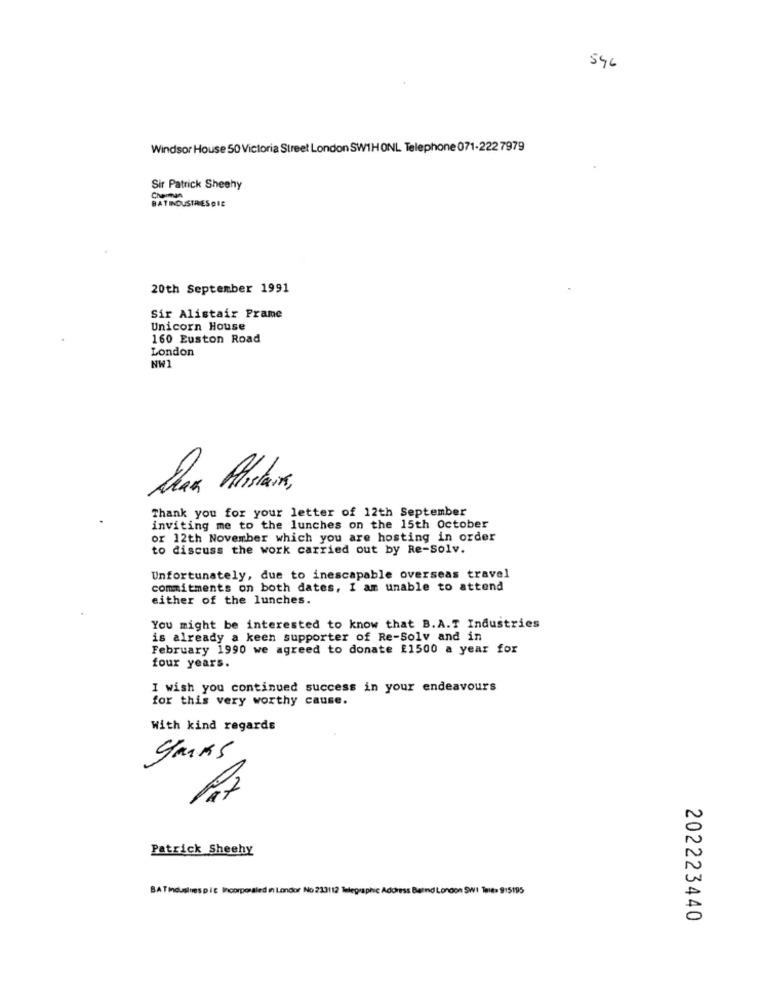
546
Windsor House 50 Victoria Street London SW1H ONL Telephone 071-222 7979
Sir Patrick Sheehy
Charman
BATINDUSTRIESDIE
20th September 1991
Sir Alistair Frame
Unicorn House
160 Euston Road
London
NW1
Sua Alistaix,
Thank you for your letter of 12th September
inviting me to the lunches on the 15th October
or 12th November which you are hosting in order
to discuss the work carried out by Re-Solv.
Unfortunately, due to inescapable overseas travel
commitments on both dates, I am unable to attend
either of the lunches.
You might be interested to know that B.A.T Industries
is already a keen supporter of Re-Solv and in
February 1990 we agreed to donate £1500 a year for
four years.
I wish you continued success in your endeavours
for this very worthy cause.
With kind regards
Patrick Sheehy
BATinduslives pic Incorporaled in Londor No 213112 Telegraphic Adoress Bernd London SWI Tales 9:5195
202223440